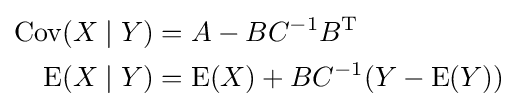
{\begin{aligned}\operatorname {Cov} (X\mid Y)&=A-BC^{-1}B^{\mathrm {T} }\\\operatorname {E} (X\mid Y)&=\operatorname {E} (X)+BC^{-1}(Y-\operatorname {E} (Y))\end{aligned}}